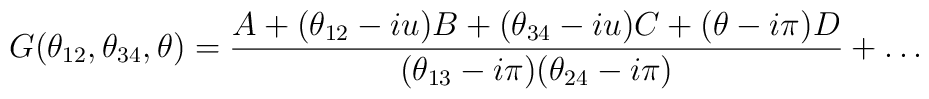
G(\theta _{12},\theta _{34},\theta )=\frac{A+(\theta _{12}-iu)B+(\theta_{34}-iu)C+(\theta -i\pi )D}{(\theta _{13}-i\pi )(\theta _{24}-i\pi )}+\dots